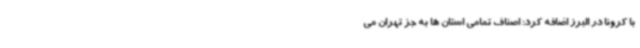
با کرونا در البرز اضافه کرد: اصناف تمامی استان ها به جز تهران می